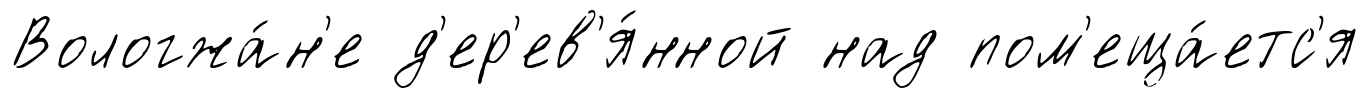
Вологжа́н'е д'ер'ев'я́нной над пом'еща́етс'я